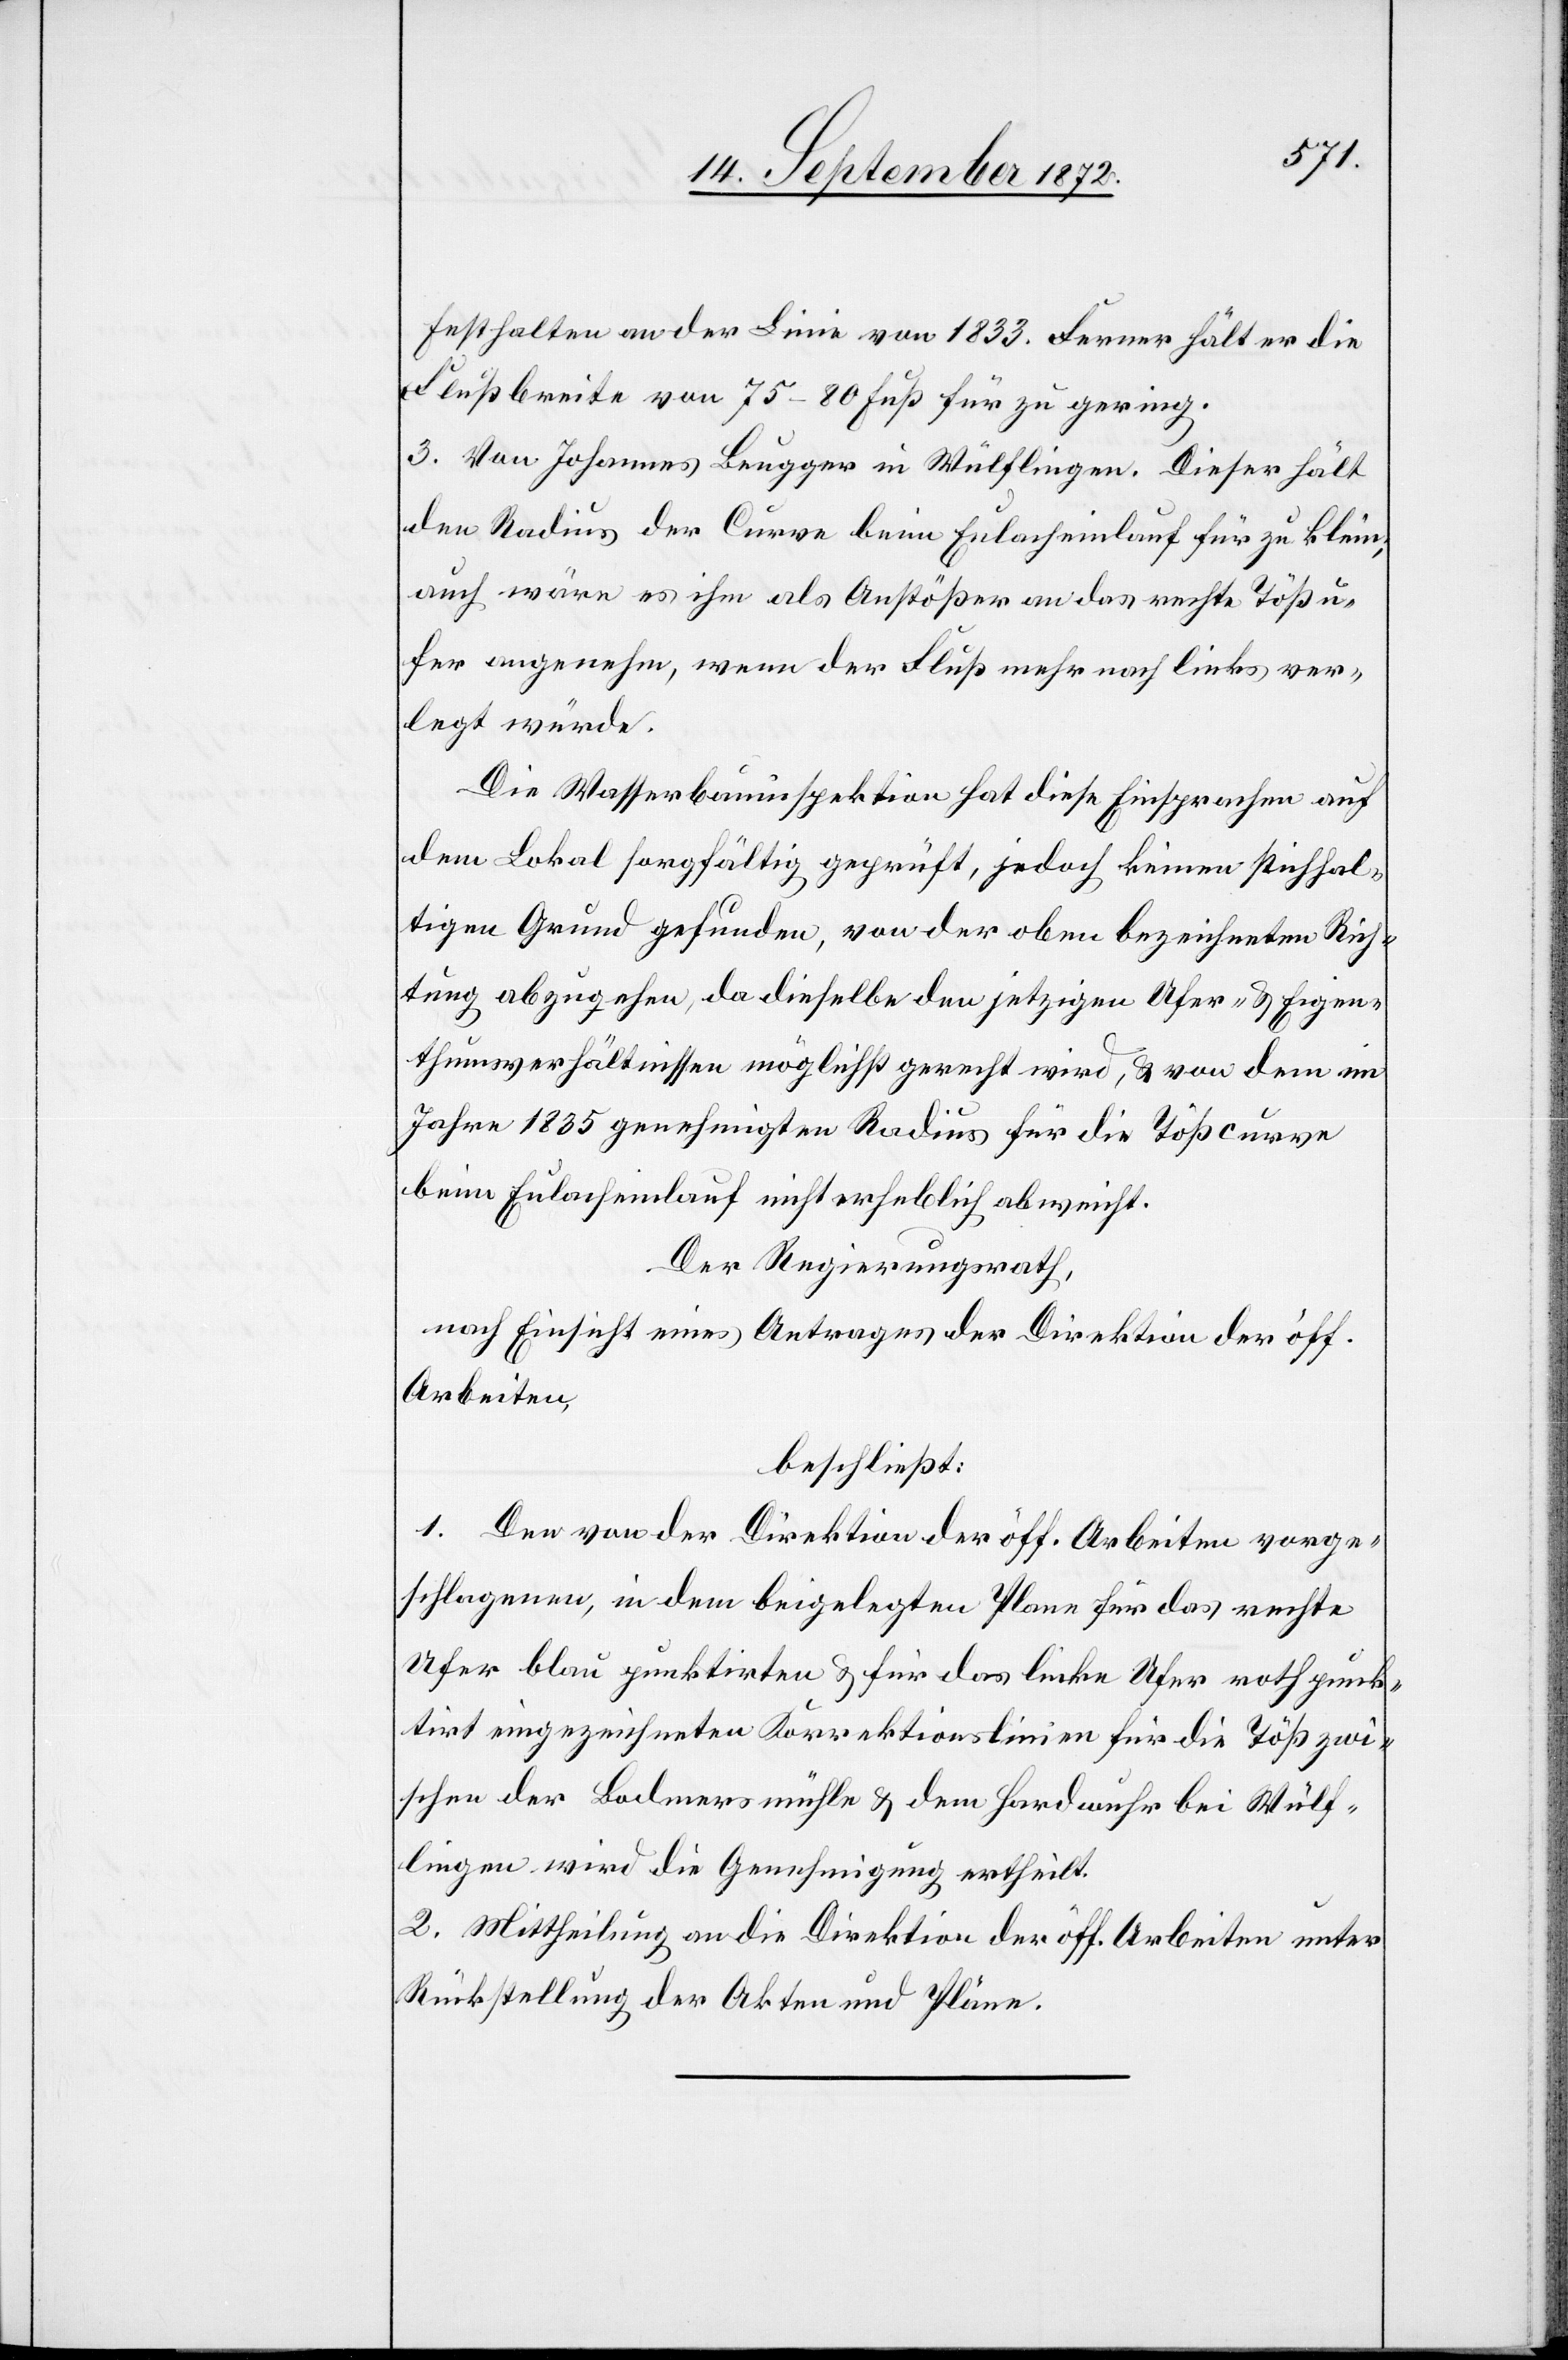
festhalten an der Linie von 1833. Ferner hält er die
Flußbreite von 75–80 Fuß für zu gering.
3. Von Johannes Beugger in Wülflingen. Dieser hält
den Radius der Curve beim Eulacheinlauf für zu klein;
auch wäre es ihm als Anstößer an das rechte Tößu¬
fer angenehm, wenn der Fluß mehr nach links ver¬
legt würde.
Die Wasserbauinspektion hat diese Einsprachen auf
dem Lokal sorgfältig geprüft, jedoch keinen stichhal¬
tigen Grund gefunden, von der oben bezeichneten Rich¬
tung abzugehen, da dieselbe den jetzigen Ufer- u. Eigen¬
thumsverhältnissen möglichst gerecht wird, u. von dem im
Jahre 1835 genehmigten Radius für die Tößcurve
beim Eulacheinlauf nicht erheblich abweicht.
Der Regierungsrath,
nach Einsicht eines Antrages der Direktion der öff.
Arbeiten,
beschließt:
1. Der von der Direktion der öff. Arbeiten vorge¬
schlagenen, in dem beigelegten Plane für das rechte
Ufer blau punktirten u. für das linkte Ufer nothpunk¬
tirt eingezeichneten Korrektionslinien für die Töß zwi¬
schen der Bodmersmühle u. dem Hardwuhr bei Wülf¬
lingen wird die Genehmigung ertheilt.
2. Mittheilung an die Direktion der öff. Arbeiten unter
Rückstellung der Akten und Pläne.